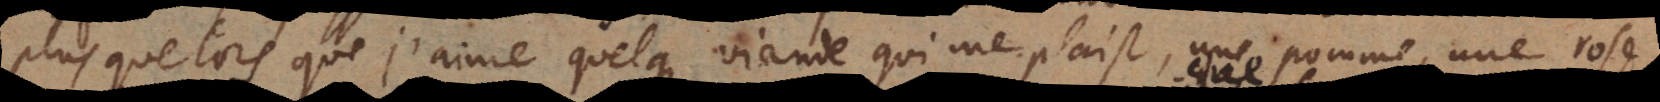
plus que lorsque j’aime quelque viande qui me plaist, une pomme, une rose